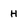
Character: H